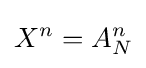
X^{n}=A_{N}^{n}